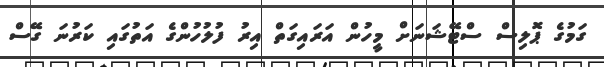
ގަމުގެ ޕޮލިސް ސްޓޭޝަނަށް މީހުން އަރައިގަތް އިރު ފުލުހުންގެ އަތުގައި ކަރުނަ ގޭސް